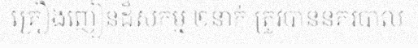
គ្រឿងញៀនដ៏សកម្ម ២នាក់ ត្រូវបាននគរបាល